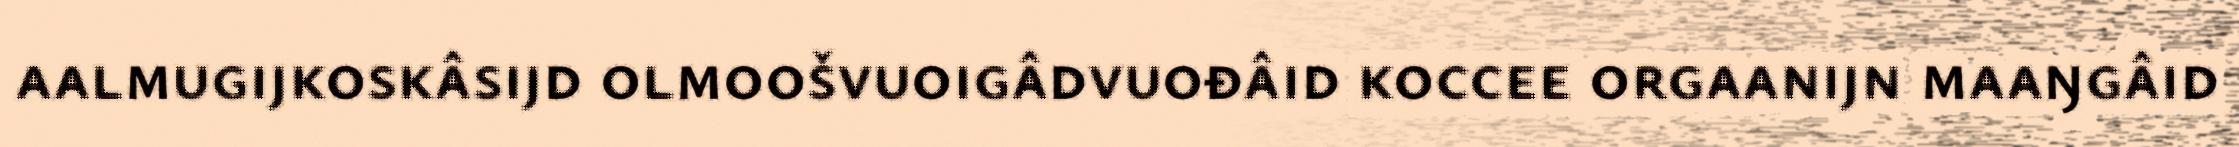
aalmugijkoskâsijd olmoošvuoigâdvuođâid koccee orgaanijn maaŋgâid